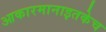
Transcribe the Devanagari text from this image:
आकारमानाइतकेच